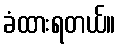
ခံထားရတယ်။